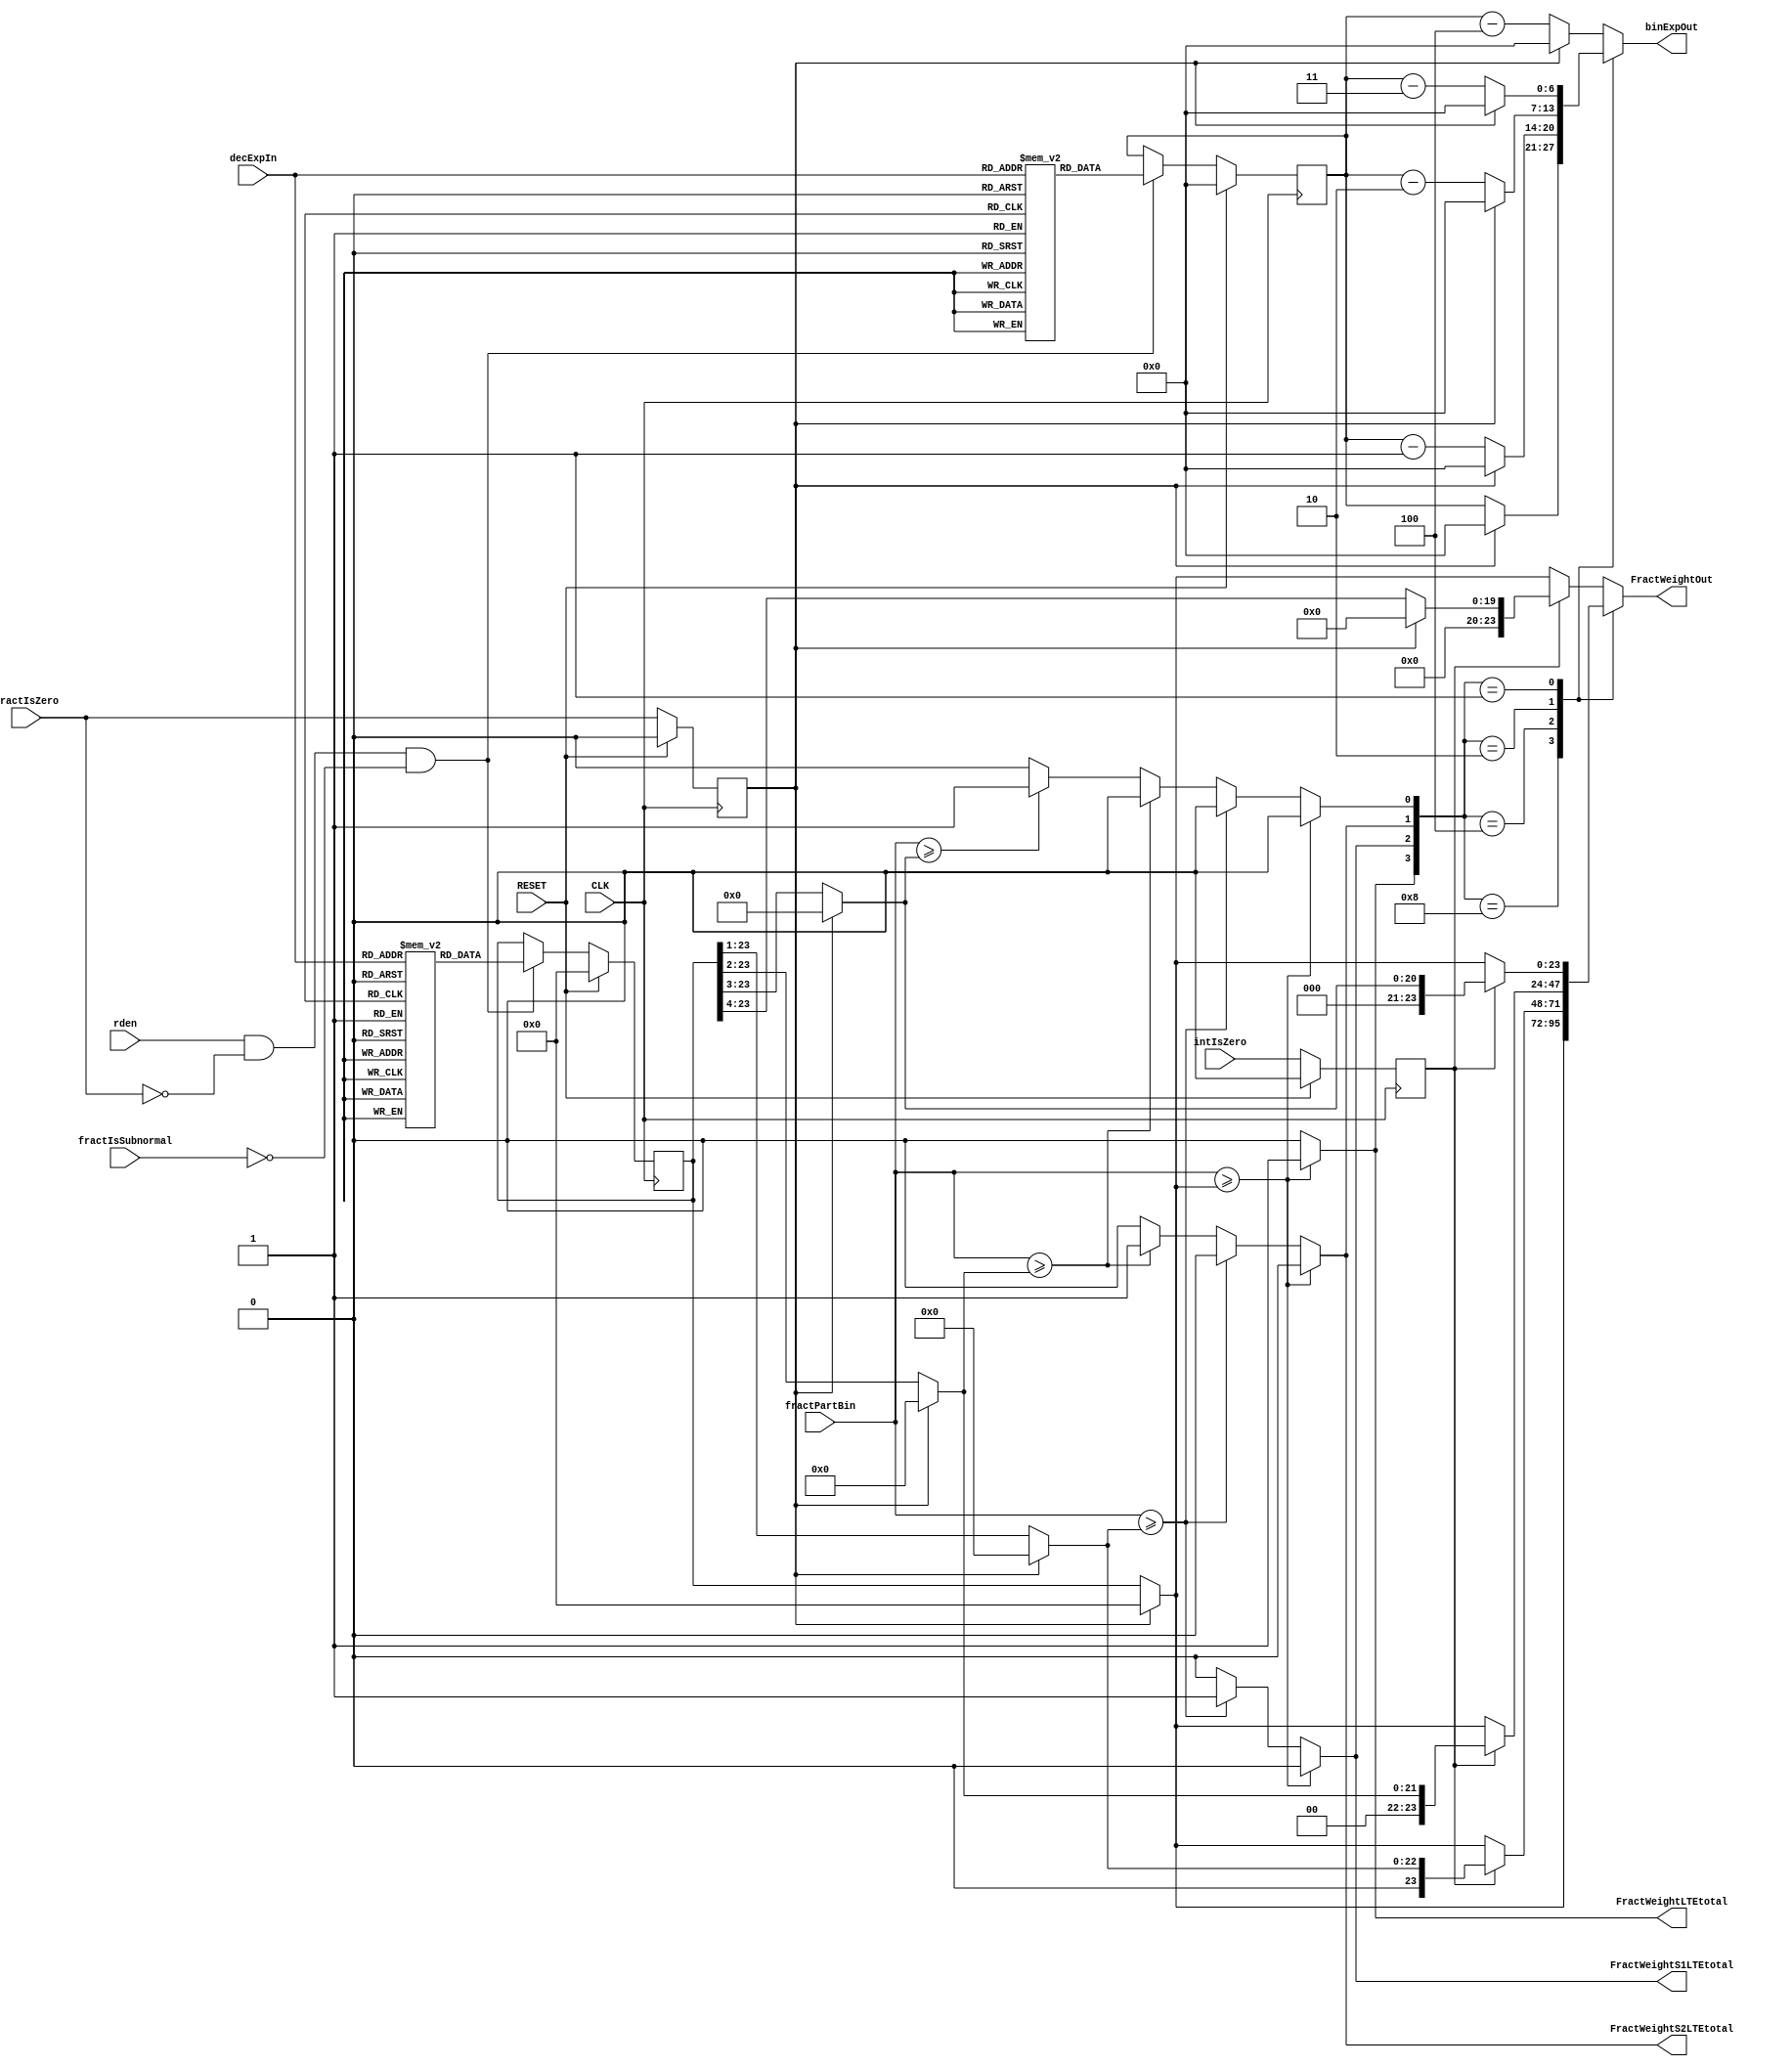
// DecCharToBinROMweightsFract.v
//
// Version:  1.22  May 3, 2020
// Copyright (C) 2020.  All rights reserved.
//
////////////////////////////////////////////////////////////////////////////////////////////////////////////////////////
//                                                                                                                    //
//                                                 SYMPL Open-Source                                                  //
//                          HedgeHog Fused Spiking Neural Network Emulator/Compute Engine                             //
//                                    Evaluation and Product Development License                                      //
//                                                                                                                    //
//                                                                                                                    //
// Open-source means:  this source code and this instruction set ("this IP") may be freely downloaded, copied,        //
// modified, distributed and used in accordance with the terms and conditons of the licenses provided herein.         //
//                                                                                                                    //
// Provided that you comply with all the terms and conditions set forth herein, Jerry D. Harthcock ("licensor"),      //
// the original author and exclusive copyright owner of this HedgeHog Fused Spiking Neural Network Emulator/Compute   //
// Engine, including related development software ("this IP"), hereby grants recipient of this IP ("licensee"),       //
// a world-wide, paid-up, non-exclusive license to implement this IP within the programmable fabric of Xilinx Kintex  //
// Ultra Plus brand FPGAs--only--and used only for the purposes of evaluation, education, and development of end      //
// products and related development tools.                                                                            //
//                                                                                                                    //
// Furthermore, limited to the purposes of prototyping, evaluation, characterization and testing of implementations   //
// in a hard, custom or semi-custom ASIC, any university or institution of higher education may have their            //
// implementation of this IP produced for said limited purposes at any foundary of their choosing provided that such  //
// prototypes do not ever wind up in commercial circulation, with this license extending to such foundary and is in   //
// connection with said academic pursuit under the supervision of said university or institution of higher education. //
//                                                                                                                    //
// Any copying, distribution, customization, modification, or derivative work of this IP must include an exact copy   //
// of this license and original copyright notice at the very top of each source file and any derived netlist, and,    //
// in the case of binaries, a printed copy of this license and/or a text format copy in a separate file distributed   //
// with said netlists or binary files having the file name, "LICENSE.txt".  You, the licensee, also agree not to      //
// remove any copyright notices from any source file covered or distributed under this Evaluation and Product         //
// Development License.                                                                                               //
//                                                                                                                    //
// LICENSOR DOES NOT WARRANT OR GUARANTEE THAT YOUR USE OF THIS IP WILL NOT INFRINGE THE RIGHTS OF OTHERS OR          //
// THAT IT IS SUITABLE OR FIT FOR ANY PURPOSE AND THAT YOU, THE LICENSEE, AGREE TO HOLD LICENSOR HARMLESS FROM        //
// ANY CLAIM BROUGHT BY YOU OR ANY THIRD PARTY FOR YOUR SUCH USE.                                                     //
//                                                                                                                    //
// Licensor reserves all his rights, including, but in no way limited to, the right to change or modify the terms     //
// and conditions of this Evaluation and Product Development License anytime without notice of any kind to anyone.    //
// By using this IP for any purpose, licensee agrees to all the terms and conditions set forth in this Evaluation     //
// and Product Development License.                                                                                   //
//                                                                                                                    //
// This Evaluation and Product Development License does not include the right to sell products that incorporate       //
// this IP or any IP derived from this IP. If you would like to obtain such a license, please contact Licensor.       //
//                                                                                                                    //
// Licensor can be contacted at:  SYMPL.gpu@gmail.com or Jerry.Harthcock@gmail.com                                    //
//                                                                                                                    //
////////////////////////////////////////////////////////////////////////////////////////////////////////////////////////


 `timescale 1ns/100ps

module DecCharToBinROMweightsFract (
    CLK,
    RESET,
    rden,
    decExpIn,
    intIsZero,
    fractIsZero,
    fractIsSubnormal,
    fractPartBin,
    FractWeightOut,
    binExpOut,
//    subnShiftAmtOut,
    FractWeightLTEtotal, 
    FractWeightS1LTEtotal,
    FractWeightS2LTEtotal
    );    

input  CLK;
input  RESET;
input  rden;
input  [4:0] decExpIn;
input  intIsZero;
input  fractIsZero;
input  fractIsSubnormal;
input  [23:0] fractPartBin;
output [23:0] FractWeightOut;
output [6:0] binExpOut;
output  FractWeightLTEtotal; 
output  FractWeightS1LTEtotal;
output  FractWeightS2LTEtotal;

//(* ram_style = "distributed" *) 
//(* rom_style = "block" *) reg  [23:0] RAMA[18:0];
//(* rom_style = "block" *) reg  [6:0] RAMC[18:0];
reg  [23:0] RAMA[18:0];
reg  [6:0] RAMC[18:0];

reg [23:0] FractWeight;
reg [6:0] biasedBinExp;


reg [23:0] FractWeightOut;
reg [6:0] binExpOut;  

reg fractIsZero_q2;
reg fractIsSubnormal_q2;
reg intIsZero_q2;

initial begin
    RAMA[  0] = 24'D5000000; //     0   [63]    63
    RAMA[  1] = 24'D5000000; //  -  1   [62]    62 61 60
    RAMA[  2] = 24'D6250000; //  -  2   [59]    59 58 57
    RAMA[  3] = 24'D7812500; //  -  3   [56]    56 55 54
    RAMA[  4] = 24'D9765625; //  -  4   [53]    53 52 51 50
    RAMA[  5] = 24'D6103515; //  -  5   [49]    49 48 47
    RAMA[  6] = 24'D7629394; //  -  6   [46]    46 45 44
    RAMA[  7] = 24'D9536743; //  -  7   [43]    43 42 41 40
    RAMA[  8] = 24'D5960464; //  -  8   [39]    39 38 37 
    RAMA[  9] = 24'D7450580; //  -  9   [36]    36 35 34
    RAMA[ 10] = 24'D9313225; //  - 10   [33]    33 32 31 30
    RAMA[ 11] = 24'D5820766; //  - 11   [29]    29 28 27
    RAMA[ 12] = 24'D7275957; //  - 12   [26]    26 25 24
    RAMA[ 13] = 24'D9094947; //  - 13   [23]    23 22 21 20 
    RAMA[ 14] = 24'D5684341; //  - 14   [19]    19 18 17  
    RAMA[ 15] = 24'D7105427; //  - 15   [16]    16 15 14  
    RAMA[ 16] = 24'D8881784; //  - 16   [13]    13 12 11 10  
    RAMA[ 17] = 24'D5551115; //  - 17   [09]    09 08 07  
    RAMA[ 18] = 24'D6938893; //  - 18   [06]    06 05 04 03 02 01 00  
    
end 
// 6938893
// 3469446
// 1734723
//  867361  --   d8
//  433680       d7
//  216840       d6
//  108420       d5
//   54210       d4
//   27105       d3
//   13552       d2
//    6776       d1
//    3388       d0  smallest representable number = 3388 e-18

initial begin
    RAMC[  0] = 63; //     0   [63]    
    RAMC[  1] = 62; //  -  1   [62]    
    RAMC[  2] = 59; //  -  2   [59]    
    RAMC[  3] = 56; //  -  3   [56]    
    RAMC[  4] = 53; //  -  4   [53]    
    RAMC[  5] = 49; //  -  5   [49]    
    RAMC[  6] = 46; //  -  6   [46]    
    RAMC[  7] = 43; //  -  7   [43]    
    RAMC[  8] = 39; //  -  8   [39]    
    RAMC[  9] = 36; //  -  9   [36]    
    RAMC[ 10] = 33; //  - 10   [33]    
    RAMC[ 11] = 29; //  - 11   [29]    
    RAMC[ 12] = 26; //  - 12   [26]    
    RAMC[ 13] = 23; //  - 13   [23]    
    RAMC[ 14] = 19; //  - 14   [19]    
    RAMC[ 15] = 16; //  - 15   [16]    
    RAMC[ 16] = 13; //  - 16   [13]    
    RAMC[ 17] = 09; //  - 17   [09]    
    RAMC[ 18] = 06; //  - 18   [06]    
end      


wire [23:0] FractWeightS0;
wire [23:0] FractWeightS1;
wire [23:0] FractWeightS2;
wire [23:0] FractWeightS3;
wire [23:0] FractWeightS4;

assign FractWeightS0 = fractIsZero_q2 ? 0  : FractWeight;
assign FractWeightS1 = fractIsZero_q2 ? 0  : FractWeight >> 1;
assign FractWeightS2 = fractIsZero_q2 ? 0  : FractWeight >> 2;
assign FractWeightS3 = fractIsZero_q2 ? 0  : FractWeight >> 3;
assign FractWeightS4 = fractIsZero_q2 ? 0  : FractWeight >> 4;

wire FractWeightLTEtot;
wire FractWeightS1LTEtot;
wire FractWeightS2LTEtot;

assign FractWeightLTEtot   = (FractWeightS0 <= fractPartBin);
assign FractWeightS1LTEtot = (FractWeightS1 <= fractPartBin);
assign FractWeightS2LTEtot = (FractWeightS2 <= fractPartBin);
assign FractWeightS3LTEtot = (FractWeightS3 <= fractPartBin);


reg FractWeightLTEtotal;
reg FractWeightS1LTEtotal;
reg FractWeightS2LTEtotal;
reg FractWeightS3LTEtotal;

always @(*)
    if      (fractPartBin >= FractWeightS0  ) {FractWeightLTEtotal, FractWeightS1LTEtotal, FractWeightS2LTEtotal, FractWeightS3LTEtotal} = 4'b1000;
    else if (fractPartBin >= FractWeightS1  ) {FractWeightLTEtotal, FractWeightS1LTEtotal, FractWeightS2LTEtotal, FractWeightS3LTEtotal} = 4'b0100;   
    else if (fractPartBin >= FractWeightS2  ) {FractWeightLTEtotal, FractWeightS1LTEtotal, FractWeightS2LTEtotal, FractWeightS3LTEtotal} = 4'b0010;   
    else if (fractPartBin >= FractWeightS3  ) {FractWeightLTEtotal, FractWeightS1LTEtotal, FractWeightS2LTEtotal, FractWeightS3LTEtotal} = 4'b0001;   
    else                                      {FractWeightLTEtotal, FractWeightS1LTEtotal, FractWeightS2LTEtotal, FractWeightS3LTEtotal} = 4'b0000;


wire [3:0] shiftSel;
assign shiftSel = {FractWeightLTEtotal, FractWeightS1LTEtotal, FractWeightS2LTEtotal, FractWeightS3LTEtotal};
 
always @(*) 
    case(shiftSel)
        4'b1000 : begin
                   FractWeightOut  = FractWeightS0;
                   binExpOut       = fractIsZero_q2 ? 0 :  biasedBinExp;
                end
        4'b0100 : begin                
                   FractWeightOut  = intIsZero_q2 ? FractWeightS1 : FractWeightS0;
                   binExpOut       = fractIsZero_q2 ? 0 : (biasedBinExp - 1);
                end
        4'b0010 : begin                
                   FractWeightOut  = intIsZero_q2 ? FractWeightS2 : FractWeightS0;
                   binExpOut       = fractIsZero_q2 ? 0 : (biasedBinExp - 2);
                end                                                                 
        4'b0001 : begin                
                   FractWeightOut  = intIsZero_q2 ? FractWeightS3 : FractWeightS0;
                   binExpOut       = fractIsZero_q2 ? 0 : (biasedBinExp - 3);
                end                                                                 
       default : begin                                                               
                    FractWeightOut  = intIsZero_q2 ? FractWeightS4 : FractWeightS0;
                    binExpOut       = fractIsZero_q2 ? 0 : (biasedBinExp - 4);
                 end
    endcase


always @(posedge CLK)
    if (RESET) fractIsZero_q2 <= 0;
    else  fractIsZero_q2 <= fractIsZero;
       
always @(posedge CLK)
    if (RESET) intIsZero_q2 <= 0;
    else  intIsZero_q2 <= intIsZero;   


always @(posedge CLK)
    if (RESET) fractIsSubnormal_q2 <= 0;
    else  fractIsSubnormal_q2 <= fractIsSubnormal;   

always @(posedge CLK)
    if (RESET) FractWeight <= 0;
    else if (rden && ~fractIsZero && ~fractIsSubnormal) FractWeight <= RAMA[decExpIn[4:0]];   

always @(posedge CLK)
    if (RESET) biasedBinExp <= 0;
    else if (rden && ~fractIsZero && ~fractIsSubnormal) biasedBinExp <= RAMC[decExpIn[4:0]];   


endmodule